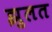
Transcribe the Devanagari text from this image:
झुलत